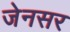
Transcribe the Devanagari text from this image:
जेनसर